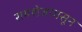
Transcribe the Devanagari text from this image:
रामशेजपासून